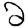
Digit: 2